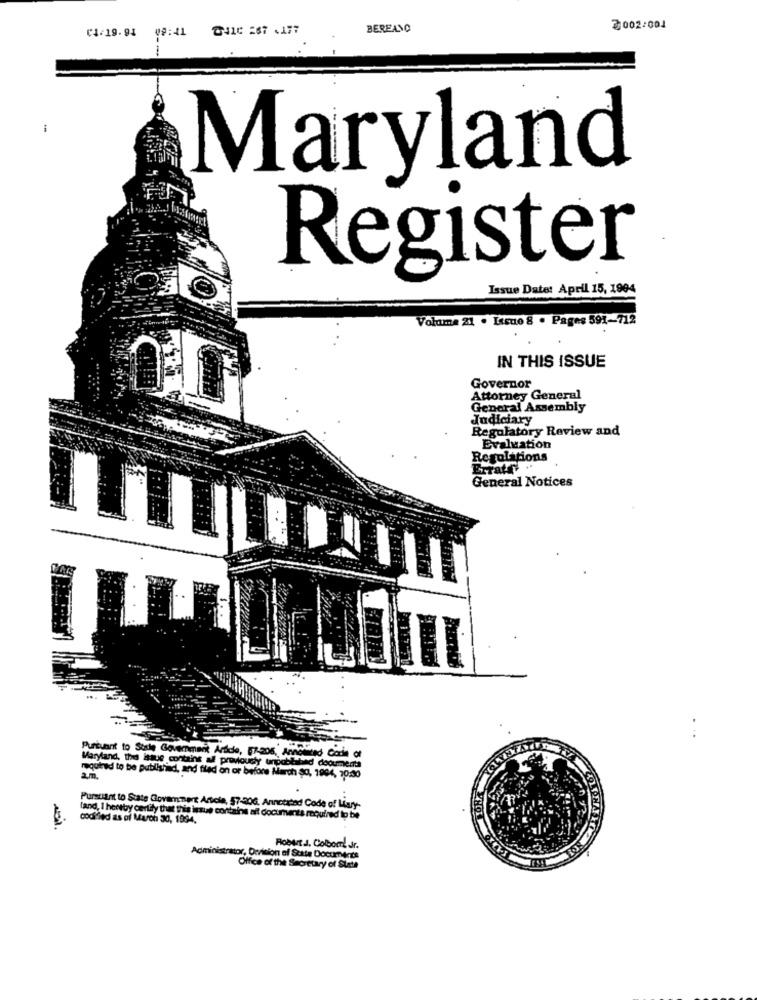
₡4-19.94
09:41
DIIC 267 .177
BEREANO
2002:001
Maryland
Register
Issue Date: April 15, 1994
Volume 21 . Issue 8 . Pages 591-712
IN THIS ISSUE
Governor
Attorney General
General Assembly
Judiciary
Regulatory Review and
Evaluation
Regulations
Erratf.
General Notices
. .
Pursuant to State Government Article, 57-205, Annotated Code of
Maryland, the issue contains
contains al previously unpobla
ad doourmert
required to be publishind, and filed on or before March $0, 1994, 10:30
LONA
Pursuant to State Government Article, 57-20G, Annotated Code of Lary-
codified as of March 30, 1994.
fand, I hereby certify that this issue contains ail documents required to be
Robert J. Colbomrt Jr.
Administrator, Derision of State Documents
Office of the Secretary of State